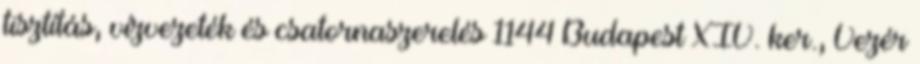
tisztítás, vízvezeték és csatornaszerelés 1144 Budapest XIV. ker., Vezér